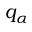
q _ { \alpha }